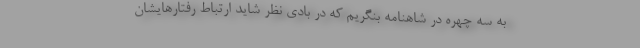
به سه چهره در شاهنامه بنگریم که در بادیِ نظر شاید ارتباط رفتارهایشان